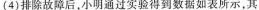
(4)排除故障后，小明通过实验得到数据如表所示，其